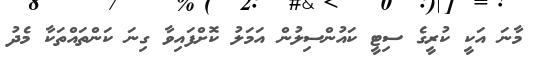
މާނަ އަކީ ކުރީގެ ސިޓީ ކައުންސިލުން އަމަލު ކޮށްފައިވާ ގިނަ ކަންތައްތަކާ މެދު